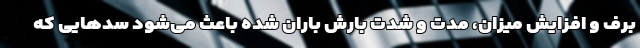
برف و افزایش میزان، مدت و شدت بارش باران شده باعث می‌شود سدهایی که